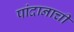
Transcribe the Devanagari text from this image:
पांदानाची